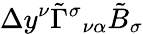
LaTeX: \Delta y^{\nu}\tilde{\Gamma}^{\sigma}{}_{\nu\alpha}\tilde{B}_{\sigma}